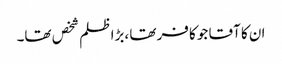
ان کا آقا جو کافر تھا ،بڑا ظلم شخص تھا۔